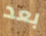
بعد